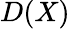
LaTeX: D(X)